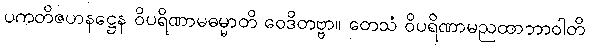
ပကတိဇဟနဋ္ဌေန ဝိပရိဏာမဓမ္မာတိ ဝေဒိတဗ္ဗာ။ တေသံ ဝိပရိဏာမညထာဘာဝါတိ